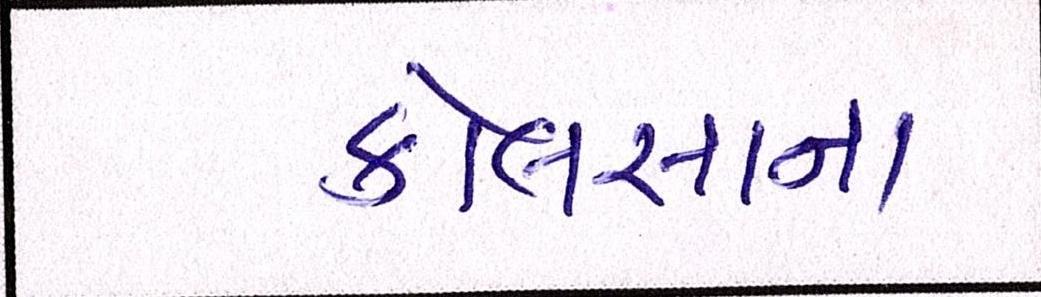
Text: કોલસાના